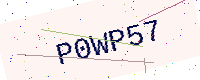
Text: P0WP57